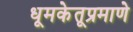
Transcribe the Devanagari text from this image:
धूमकेतूप्रमाणे